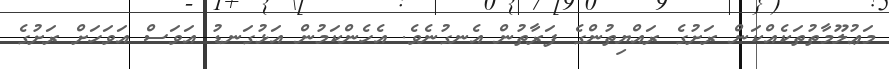
މަޢުލޫމާތުތަކެއްކަން ރަށުގެ ރައްޔިތުންގެ ފަރާތުން އެނގުނެވެ. އެހެންކަމުން އަޅުގަނޑު އަވަސް އަވަހަށް ރަށުގެ